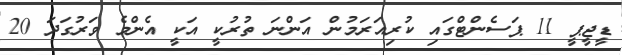
ޑީޖީޕީ 11 ޕަސެންޓްގައި ކުރިއަރަމުން އަންނަ ތުރުކީ އަކީ އެންމެ ވަރުގަދަ 20